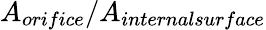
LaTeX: A_{orifice}/A_{internalsurface}